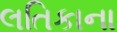
લતિકાના